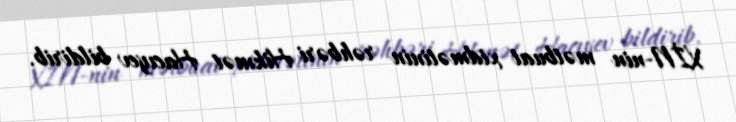
XİN-nin mətbuat xidmətinin rəhbəri Hikmət Hacıyev bildirib.